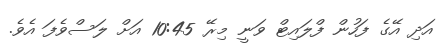
އަދި އޭގެ ފަހުން ފްލައިޓް ވަނީ މިރޭ 10:45 އަށް ލަސްވެފަ އެވެ.